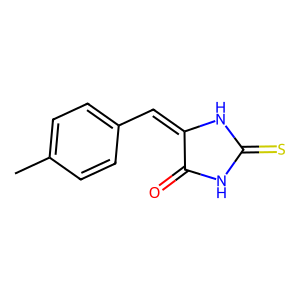
SMILES: Cc1ccc(C=C2NC(=S)NC2=O)cc1
Inhibits HIV replication: No